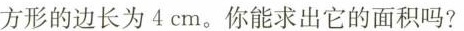
方形的边长为4cm。你能求出它的面积吗?